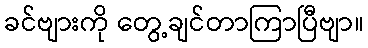
ခင်ဗျားကို တွေ့ချင်တာကြာပြီဗျာ။